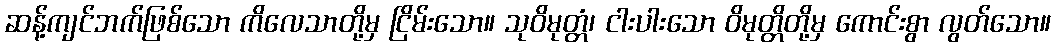
ဆန့်ကျင်ဘက်ဖြစ်သော ကိလေသာတို့မှ ငြိမ်းသော။ သုဝိမုတ္တံ၊ ငါးပါးသော ဝိမုတ္တိတို့မှ ကောင်းစွာ လွတ်သော။